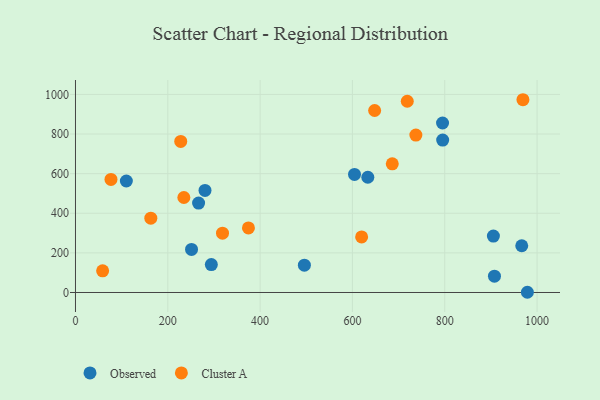
{"axis": {"x": "Study Hours", "y": "Profit"}, "legend": ["Cluster A", "Observed"], "data": [{"x": "795.2", "y": 855.6, "type": "Observed"}, {"x": "905.4", "y": 284.8, "type": "Observed"}, {"x": "294.3", "y": 141.1, "type": "Observed"}, {"x": "966.8", "y": 236.1, "type": "Observed"}, {"x": "907.7", "y": 82.4, "type": "Observed"}, {"x": "795.5", "y": 769.7, "type": "Observed"}, {"x": "266.7", "y": 451.4, "type": "Observed"}, {"x": "633.3", "y": 581.8, "type": "Observed"}, {"x": "251.4", "y": 217.6, "type": "Observed"}, {"x": "979.0", "y": 1.1, "type": "Observed"}, {"x": "495.9", "y": 138.0, "type": "Observed"}, {"x": "604.5", "y": 596.0, "type": "Observed"}, {"x": "280.6", "y": 515.2, "type": "Observed"}, {"x": "110.2", "y": 562.9, "type": "Observed"}, {"x": "374.7", "y": 325.8, "type": "Cluster A"}, {"x": "228.0", "y": 762.7, "type": "Cluster A"}, {"x": "619.9", "y": 280.5, "type": "Cluster A"}, {"x": "648.1", "y": 918.9, "type": "Cluster A"}, {"x": "969.4", "y": 973.2, "type": "Cluster A"}, {"x": "718.8", "y": 965.6, "type": "Cluster A"}, {"x": "686.3", "y": 649.4, "type": "Cluster A"}, {"x": "234.8", "y": 479.6, "type": "Cluster A"}, {"x": "318.5", "y": 299.5, "type": "Cluster A"}, {"x": "737.4", "y": 794.5, "type": "Cluster A"}, {"x": "76.9", "y": 571.0, "type": "Cluster A"}, {"x": "58.8", "y": 109.6, "type": "Cluster A"}, {"x": "163.2", "y": 375.1, "type": "Cluster A"}]}